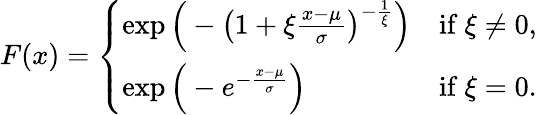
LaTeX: F(x)={\left\{ \begin{array}{ll}{\exp{\Big(}-{\big(}1+\xi{\frac{x-\mu}{\sigma}}{\big)}^{-{\frac{1}{\xi}}}{\Big)}}&{{\mathrm{if~}}\xi\neq 0,}\\ {\exp{\Big(}-e^{-{\frac{x-\mu}{\sigma}}}{\Big)}}&{{\mathrm{if~}}\xi=0.}\end{array}\right.}